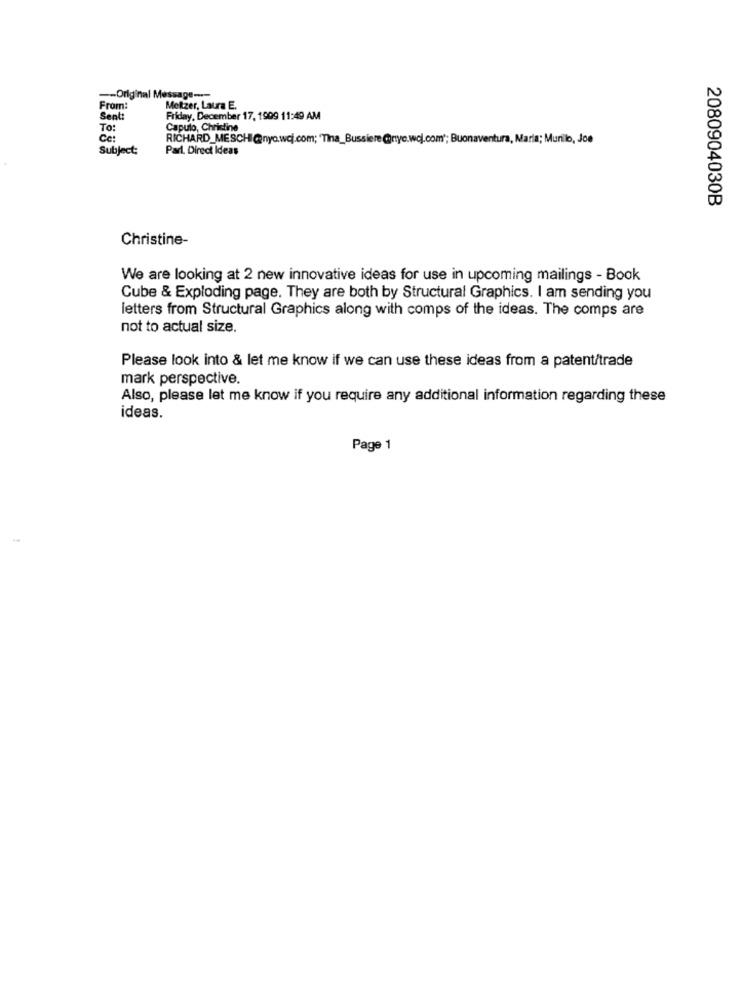
-- Original Message --
From:
Meltzer, Laura E.
Sent:
day, December 17, 1999 11:49 AM
To:
Caputo, Christine
Ce:
RICHARD_MESCHI@nya.woj.com; 'Tina_Bussiere @nyc.wol.com'; Buonaventura, Maria; Murillo, Joe
Subject:
Parl. Direct Ideas
2080904030B
Christine-
We are looking at 2 new innovative ideas for use in upcoming mailings - Book
Cube & Exploding page. They are both by Structural Graphics. I am sending you
letters from Structural Graphics along with comps of the ideas. The comps are
not to actual size.
Please look into & let me know if we can use these ideas from a patent/trade
mark perspective.
Also, please let me know if you require any additional information regarding these
ideas.
Page 1